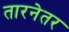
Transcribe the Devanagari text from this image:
तारनेतर